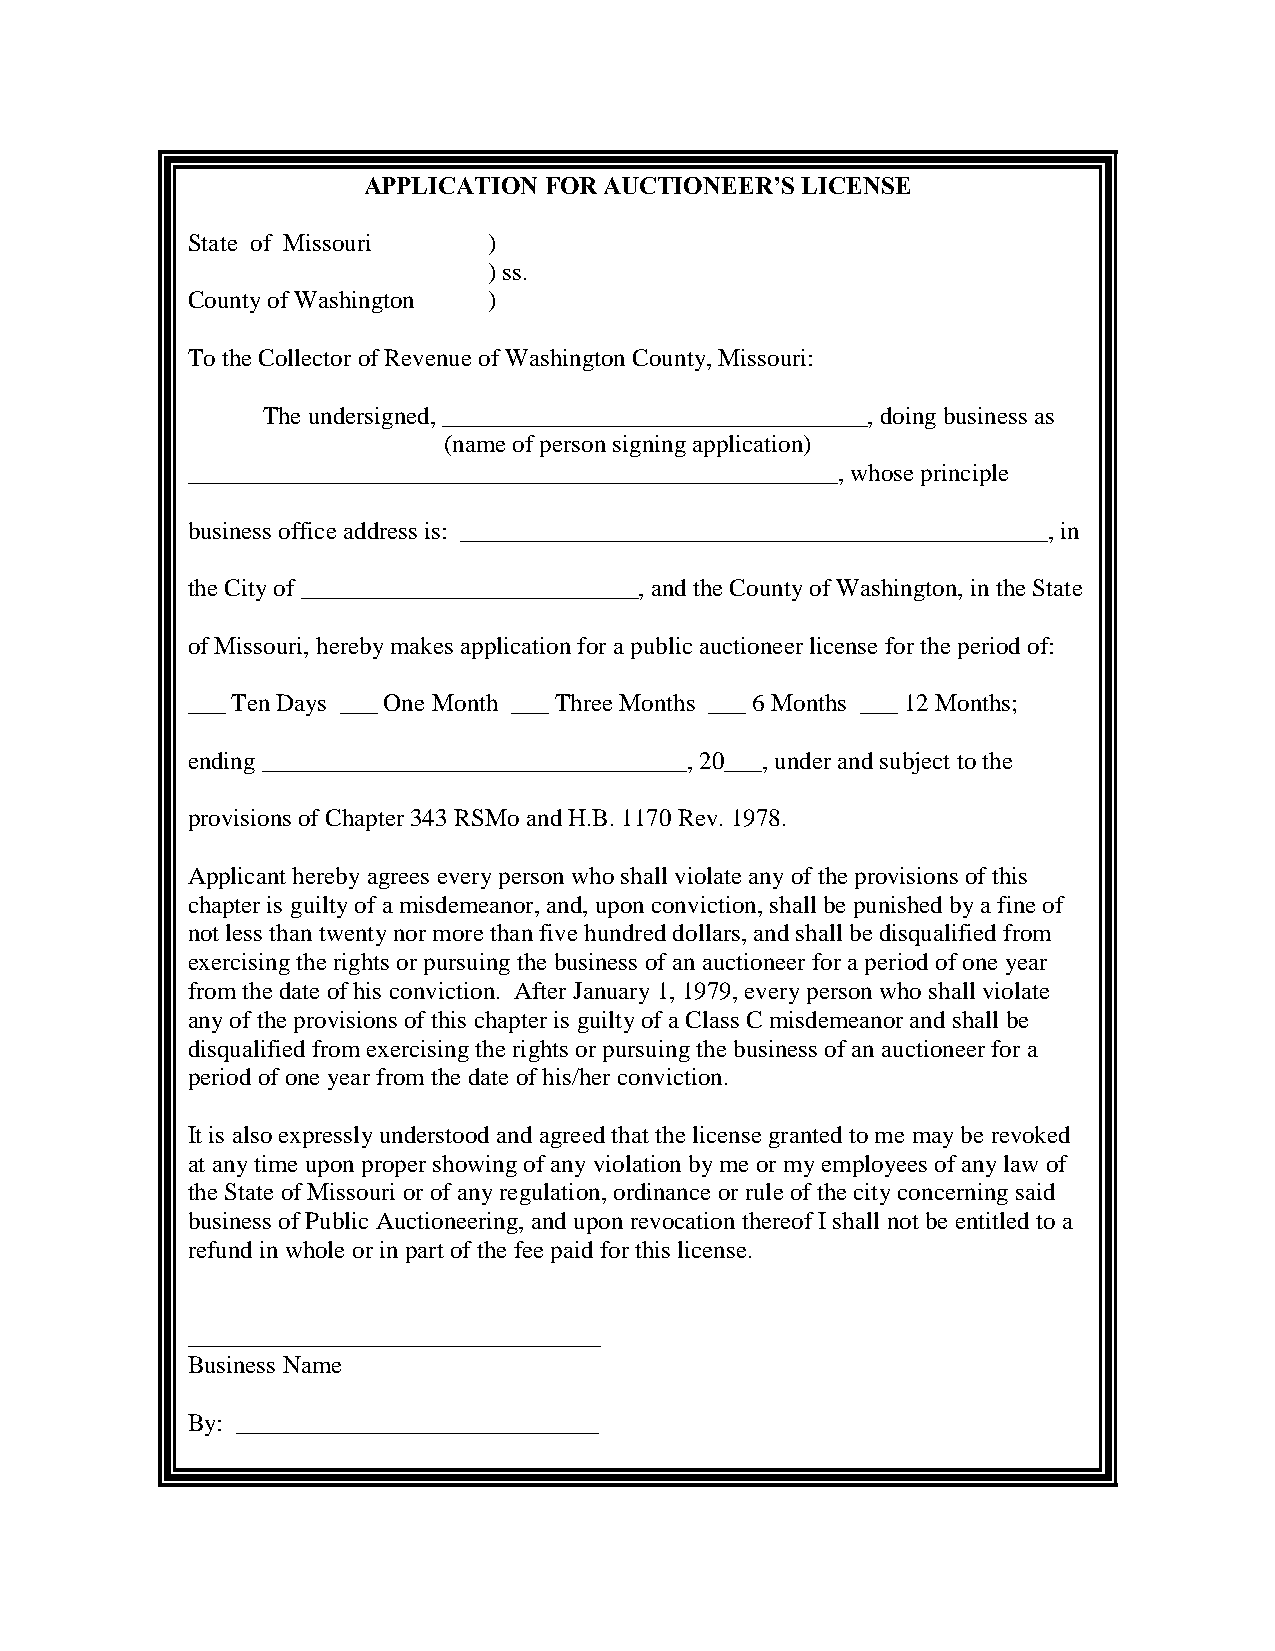
APPLICATION FOR AUCTIONEER’S LICENSE
 State of Missouri   )
 ) ss.
 County of Washington )
 To the Collector of Revenue of Washington County, Missouri:
 The undersigned, __________________________________, doing business as
 (name of person signing application)
 ____________________________________________________, whose principle
 business office address is: _______________________________________________, in
 the City of ___________________________, and the County of Washington, in the State
 of Missouri, hereby makes application for a public auctioneer license for the period of:
 ___ Ten Days ___ One Month ___ Three Months ___ 6 Months ___ 12 Months;
 ending __________________________________, 20___, under and subject to the
 provisions of Chapter 343 RSMo and H.B. 1170 Rev. 1978.
 Applicant hereby agrees every person who shall violate any of the provisions of this
 chapter is guilty of a misdemeanor, and, upon conviction, shall be punished by a fine of
 not less than twenty nor more than five hundred dollars, and shall be disqualified from
 exercising the rights or pursuing the business of an auctioneer for a period of one year
 from the date of his conviction. After January 1, 1979, every person who shall violate
 any of the provisions of this chapter is guilty of a Class C misdemeanor and shall be
 disqualified from exercising the rights or pursuing the business of an auctioneer for a
 period of one year from the date of his/her conviction.
 It is also expressly understood and agreed that the license granted to me may be revoked
 at any time upon proper showing of any violation by me or my employees of any law of
 the State of Missouri or of any regulation, ordinance or rule of the city concerning said
 business of Public Auctioneering, and upon revocation thereof I shall not be entitled to a
 refund in whole or in part of the fee paid for this license.
 _________________________________
 Business Name
 By: _____________________________